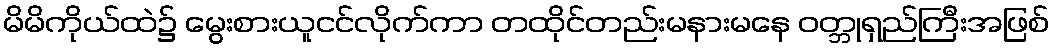
မိမိကိုယ်ထဲ၌ မွေးစားယူငင်လိုက်ကာ တထိုင်တည်းမနားမနေ ဝတ္ဘုရှည်ကြီးအဖြစ်